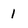
Character: 1